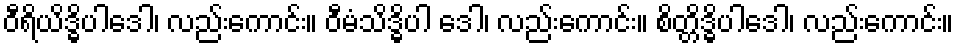
ဝီရိယိဒ္ဓိပါဒေါ၊ လည်းကောင်း။ ဝီမံသိဒ္ဓိပါ ဒေါ၊ လည်းကောင်း။ စိတ္တိဒ္ဓိပါဒေါ၊ လည်းကောင်း။